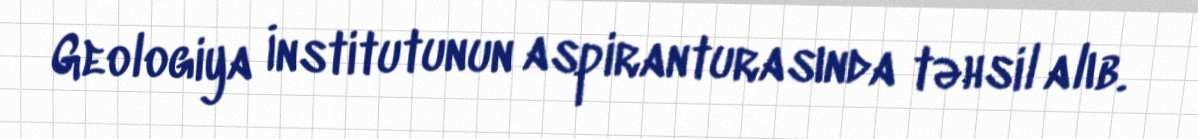
Geologiya İnstitutunun aspiranturasında təhsil alıb.